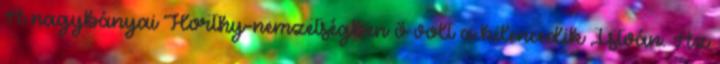
A nagybányai Horthy-nemzetségben ő volt a kilencedik István. Az